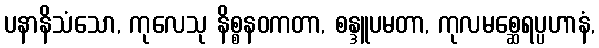
ပနာနိသံသော, ကုလေသု နိစ္စနဝကတာ, စန္ဒူပမတာ, ကုလမစ္ဆေရပ္ပဟာနံ,